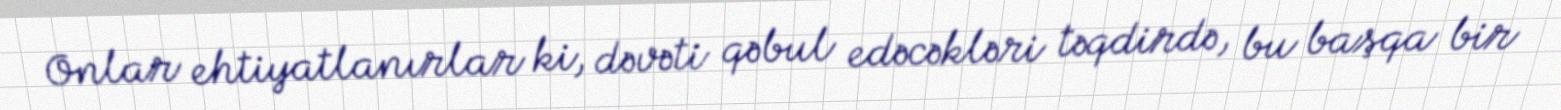
Onlar ehtiyatlanırlar ki, dəvəti qəbul edəcəkləri təqdirdə, bu başqa bir